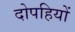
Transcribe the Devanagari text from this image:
दोपहियों